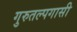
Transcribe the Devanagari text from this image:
गुरुतल्पगासी